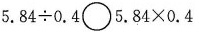
$$5 . 8 4 \div 0 . 4$$ \circ $$5 . 8 4 \times 0 . 4$$